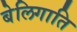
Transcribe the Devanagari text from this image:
बेलिगाति